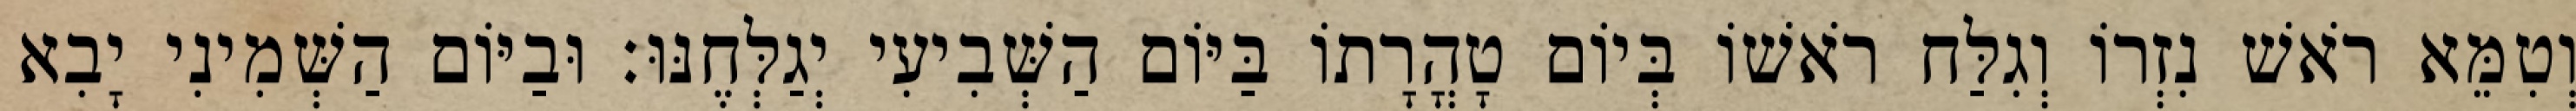
וְטִמֵּא רֹאשׁ נִזְרוֹ וְגִלַּח רֹאשׁוֹ בְּיוֹם טָהֳרָתוֹ בַּיּוֹם הַשְּׁבִיעִי יְגַלְּחֶנּוּ׃ וּבַיּוֹם הַשְּׁמִינִי יָבִא